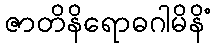
ဇာတိနိရောဓဂါမိနိံ